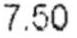
7.50